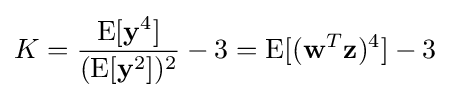
K={\frac {\operatorname {E} [\mathbf {y} ^{4}]}{(\operatorname {E} [\mathbf {y} ^{2}])^{2}}}-3=\operatorname {E} [(\mathbf {w} ^{T}\mathbf {z} )^{4}]-3